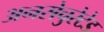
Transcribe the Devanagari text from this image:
अनसेचुरेटेड